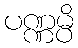
ပဏ္ဏမ္ပိ